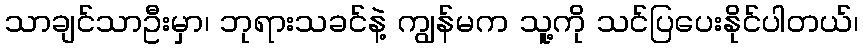
သာချင်သာဦးမှာ၊ ဘုရားသခင်နဲ့ ကျွန်မက သူ့ကို သင်ပြပေးနိုင်ပါတယ်၊